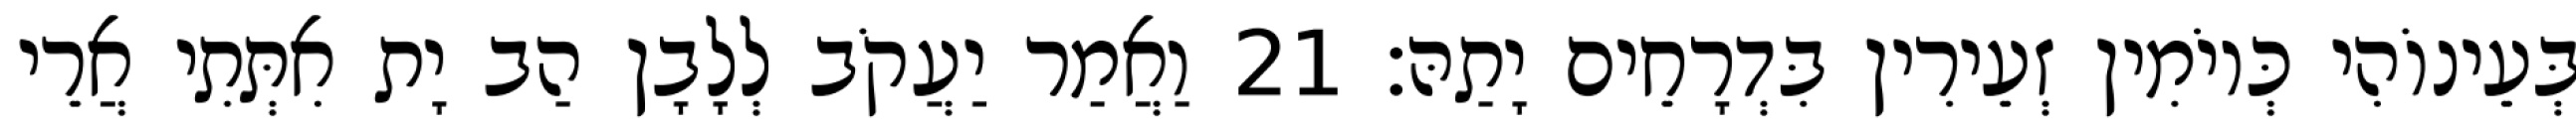
בְּעֵינוֹהִי כְּיוֹמִין זְעֵירִין בִּדְרָחֵים יָתַהּ׃ 21 וַאֲמַר יַעֲקֹב לְלָבָן הַב יָת אִתְּתִי אֲרֵי